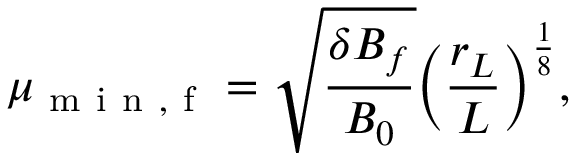
\mu _ { \mathrm { ~ m ~ i ~ n ~ , ~ f ~ } } = \sqrt { \frac { \delta B _ { f } } { B _ { 0 } } } \Big ( \frac { r _ { L } } { L } \Big ) ^ { \frac { 1 } { 8 } } ,